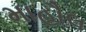
માહૌલ